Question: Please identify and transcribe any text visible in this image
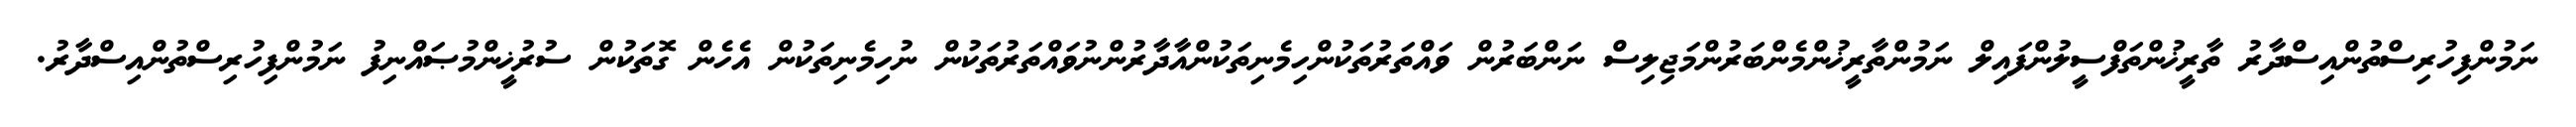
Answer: ނަމުންފިހުރިސްތުންއިސްދާރު ތާރީޚުންތަފްސީލުންފައިލް ނަމުންތާރީޚުންމެންބަރުންމަޖިލިސް ނަންބަރުން ވައްތަރުތަކުންހިމެނިތަކުންއާދާރުންނުވައްތަރުތަކުން ނުހިމެނިތަކުން އެހެން ގޮތަކުން ސުރުޚީންމުޞައްނިފު ނަމުންފިހުރިސްތުންއިސްދާރު.